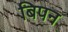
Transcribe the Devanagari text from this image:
बिपन